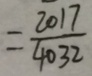
= \frac { 2 0 1 7 } { 4 0 3 2 }